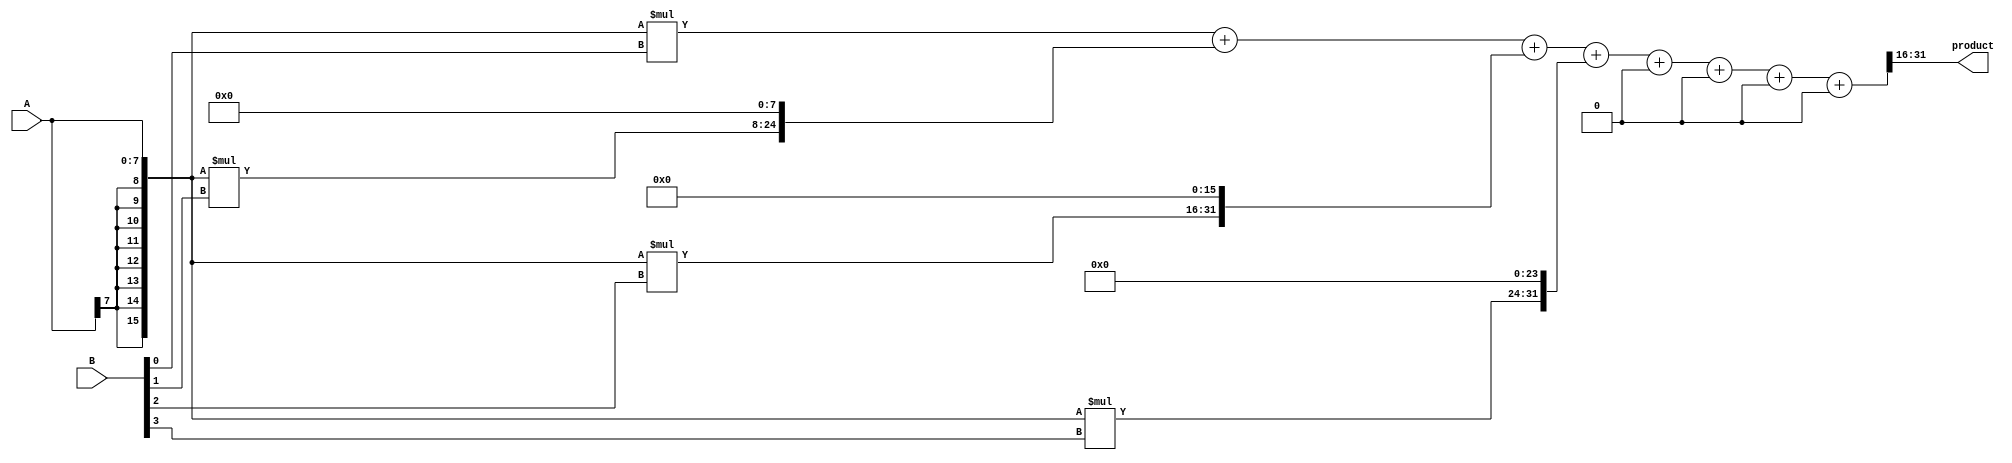
module signed_multiplier (
  input signed [7:0] A,
  input signed [7:0] B,
  output signed [15:0] product
);

reg signed [15:0] A_ext, B_ext;
reg signed [31:0] partial_products [0:7];
reg signed [31:0] additional;
reg signed [47:0] sum;
reg signed [15:0] product_reg;

// Extend inputs to 16 bits
assign A_ext = {{8{A[7]}}, A};
assign B_ext = {{8{B[7]}}, B};

// Generate partial products
integer i;
always @*
begin
  for (i = 0; i < 8; i = i + 1) begin
    partial_products[i] = A_ext * B_ext[i];
  end
end

// Generate sum of partial products
always @*
begin
  sum = partial_products[0] + (partial_products[1] << 8) + (partial_products[2] << 16) + (partial_products[3] << 24) + (partial_products[4] << 32) + (partial_products[5] << 40) + (partial_products[6] << 48) + (partial_products[7] << 56);
end

// Shift and add to get final product
always @*
begin
  additional = sum[15:0] + sum[31:16];
  product_reg = {additional, sum[47:16]};
end

// Output the final product
assign product = product_reg;

endmodule